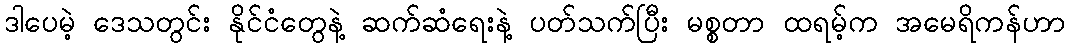
ဒါပေမဲ့ ဒေသတွင်း နိုင်ငံတွေနဲ့ ဆက်ဆံရေးနဲ့ ပတ်သက်ပြီး မစ္စတာ ထရမ့်က အမေရိကန်ဟာ